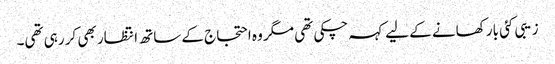
زیبی کئی بار کھانے کے لیے کہہ چکی تھی مگر وہ احتجاج کے ساتھ انتظار بھی کر رہی تھی۔